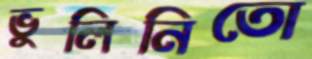
ভুলিনিতো